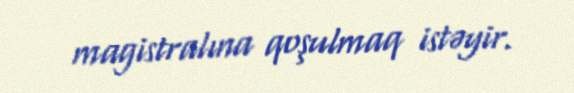
magistralına qoşulmaq istəyir.